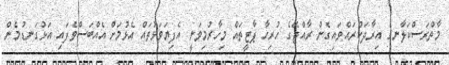
މާތްރަސްކަލާނގެ އިރާދަކުރައްވައިގެން ރާއްޖޭގެ ހުރިހާ ޕާޓީތައް މިހާރުމިވަނީ އެފިޔަވަޅުތައް އެޅުމަށް އެއްބަސްވެފައި އަޅުގަނޑުމެން